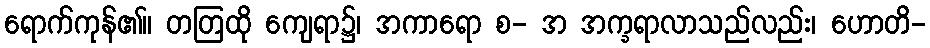
ရောက်ကုန်၏။ တတြထို ကျေရာ၌၊ အကာရော စ- အ အက္ခရာလာသည်လည်း၊ ဟောတိ-